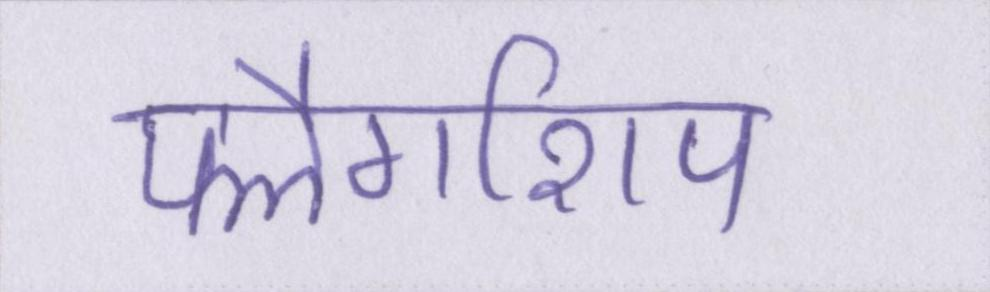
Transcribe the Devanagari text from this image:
फ्लैगशिप